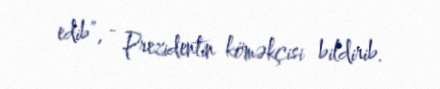
edib”, - Prezidentin köməkçisi bildirib.